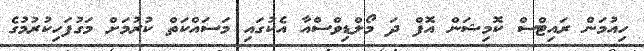
ހިއުމަން ރައިޓްސް ކޮމިޝަން އޮފް ދަ މޯލްޑިވްސްއާ އެކުގައި މަސައްކަތް ކުރުމަށް މަގުފަހިކުރުމުގެ